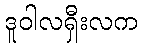
ဒူဝါလရှီးလက